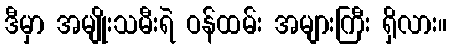
ဒီမှာ အမျိုးသမီးရဲ ဝန်ထမ်း အများကြီး ရှိလား။